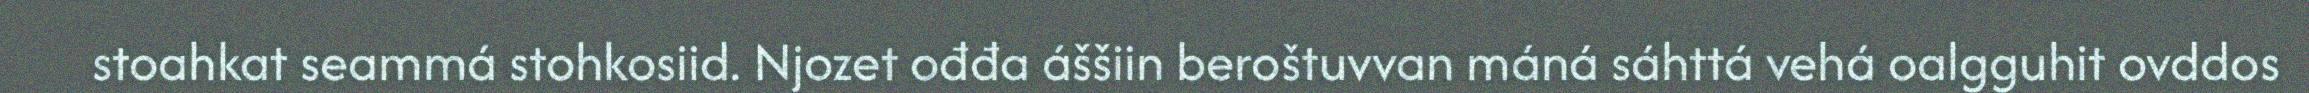
stoahkat seammá stohkosiid. Njozet ođđa áššiin beroštuvvan máná sáhttá vehá oalgguhit ovddos